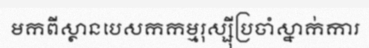
មកពីស្ថានបេសកកម្មរុស្ស៊ីប្រចាំស្នាក់ការ